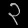
Digit: ၃